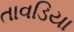
તાવડિયા